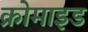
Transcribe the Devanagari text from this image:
क्रोमाइड